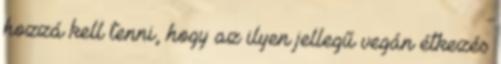
hozzá kell tenni, hogy az ilyen jellegű vegán étkezés